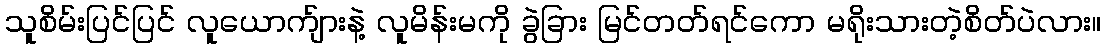
သူစိမ်းပြင်ပြင် လူယောက်ျားနဲ့ လူမိန်းမကို ခွဲခြား မြင်တတ်ရင်ကော မရိုးသားတဲ့စိတ်ပဲလား။